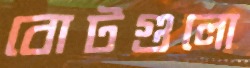
বোটগুলো